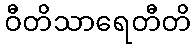
ဝီတိသာရေတီတိ